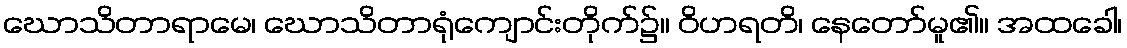
ဃောသိတာရာမေ၊ ဃောသိတာရုံကျောင်းတိုက်၌။ ဝိဟရတိ၊ နေတော်မူ၏။ အထခေါ၊